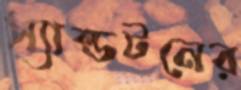
স্যান্ডটনের